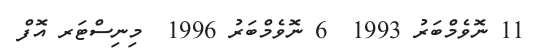
11 ނޮވެމްބަރު 1993  6 ނޮވެމްބަރު 1996  މިނިސްޓަރ އޮފް